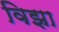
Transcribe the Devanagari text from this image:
विझा